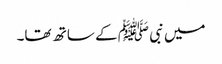
میں نبی ﷺ کے ساتھ تھا۔